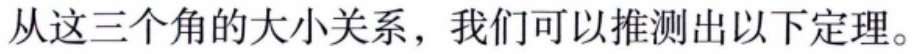
从这三个角的大小关系，我们可以推测出以下定理。